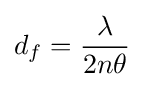
d_{f}={\frac {\lambda }{2n\theta }}